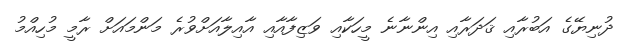
ދުނިޔޭގެ އަބުރާއި ޤަދަރާއި އިންނާނެ މީހަކާއި ވަޒިފާއާއި އާއިލާއަށްވުރެ މަންމައަށް ރާމީ މުހިއްމު